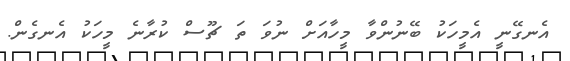
އެނގޭނީ އެމީހަކު ބޭނުންވާ މީހާއަށް ނުވަ ތަ ޗޫސް ކުރާނެ މީހަކު އެނގެން.